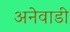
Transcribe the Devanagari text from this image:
अनेवाडी